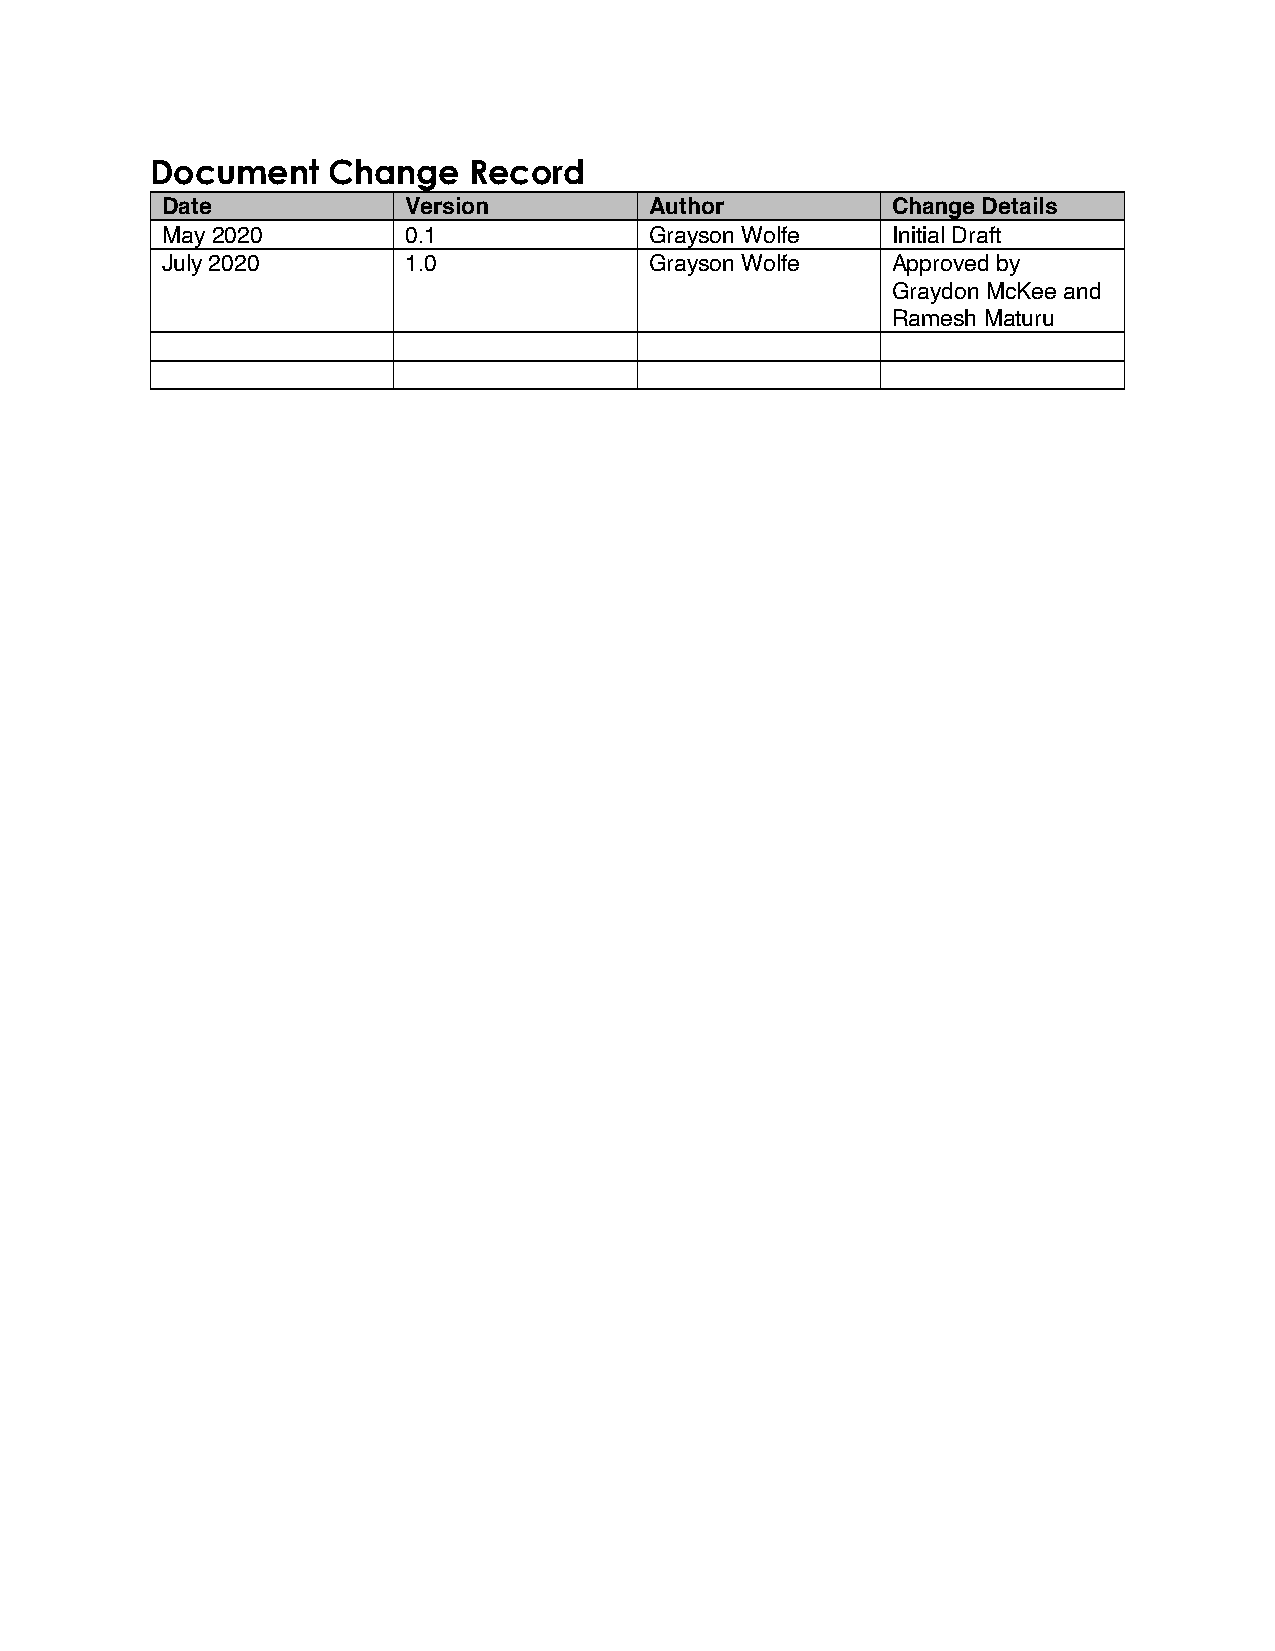
Document    Change   Record
 Date            Version         Author          Change Details
 May 2020        0.1             Grayson Wolfe   Initial Draft
 July 2020       1.0             Grayson Wolfe   Approved by
 Graydon McKee and
 Ramesh Maturu